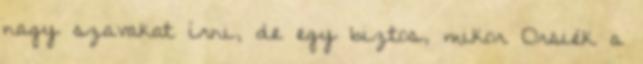
nagy szavakat írni, de egy biztos, mikor Orsiék a